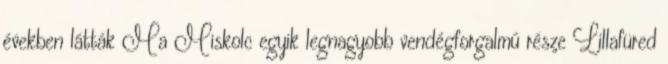
években látták Ma Miskolc egyik legnagyobb vendégforgalmú része Lillafüred